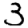
Digit: 3